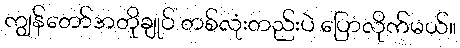
ကျွန်တော်အတိုချုပ် တစ်လုံးတည်းပဲ ပြောလိုက်မယ်။